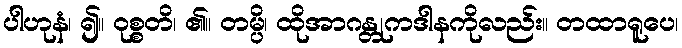
ပါဟုနံ၊ ၍။ ဝုစ္စတိ၊ ၏။ တမ္ပိ၊ ထိုအာဂန္တုကဒါနကိုလည်း။ တထာရူပေ၊